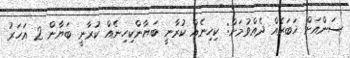
ސަންއަށް ޚަބަރެއް ދެއްވުމަށް: ކިހިނެއް ކުރާނީ ބަޔާންކިހިނެއް ކުރާނީ ބަޔާން 2 އަހަރު